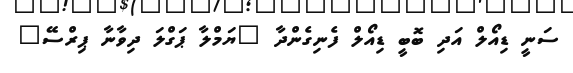
ސަނީ ޑިއޯލް އަދި ބޮބީ ޑިއޯލް ފެނިގެންދާ "ޔަމްލާ ޕަގްލަ ދިވާނާ ޕިރްސޭ"